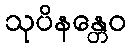
သုပိနန္တေဝ